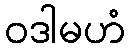
ဝဒါမဟံ